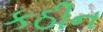
કઠીન